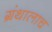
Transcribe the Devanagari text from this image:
ग्रंथालाच